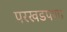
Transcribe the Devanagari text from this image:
परखडपणा